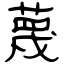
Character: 蔑